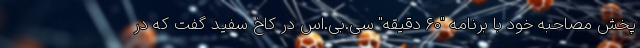
پخش مصاحبه خود با برنامه "۶۰ دقیقه" سی.بی‌.اس در کاخ سفید گفت که در